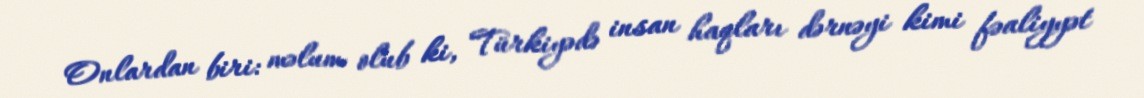
Onlardan biri: məlum olub ki, Türkiyədə insan haqları dərnəyi kimi fəaliyyət